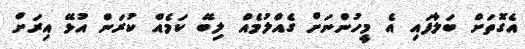
އެގޮތަށް ބަލާފައި އެ މީހުންނަށް ގެއްލުމެއް ލިބޭ ކަމެއް ކުރަން އުޅޭ އިރަށް